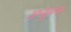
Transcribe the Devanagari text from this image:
अध्युमगम